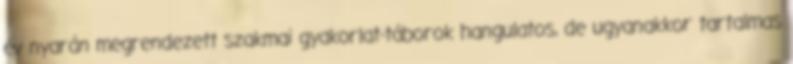
év nyarán megrendezett szakmai gyakorlat-táborok hangulatos, de ugyanakkor tartalmas